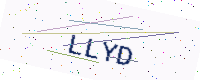
Text: LLYD